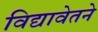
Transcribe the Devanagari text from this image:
विद्यावेतने